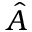
\hat { A }